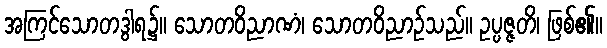
အကြင်သောတဒွါရ၌။ သောတဝိညာဏံ၊ သောတဝိညာဉ်သည်။ ဥပ္ပဇ္ဇတိ၊ ဖြစ်၏။